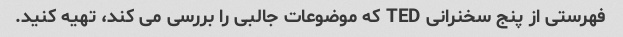
فهرستی از پنج سخنرانی TED که موضوعات جالبی را بررسی می کند، تهیه کنید.